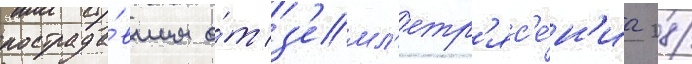
пострада́вшим о́т з'емл'етр'яс'е́н'иа 28